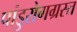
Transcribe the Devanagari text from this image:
पांडुरोगग्रस्त